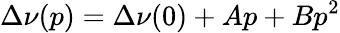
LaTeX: \Delta\nu(p)=\Delta\nu(0)+Ap+Bp^{2}